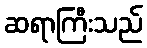
ဆရာကြီးသည်